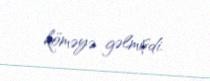
köməyə gəlmişdi.